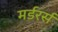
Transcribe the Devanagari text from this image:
मर्डरर्स